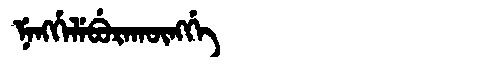
Manchu: ᠨᡝᠩᡤᡝᠯᡝᠪᡠᡵᠠᡴᡡᠩᡤᡝ
Romanization: NENGGELEBURAKŪNGGE